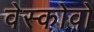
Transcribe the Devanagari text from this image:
वेस्कोवो